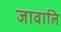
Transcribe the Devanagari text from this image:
जावालि